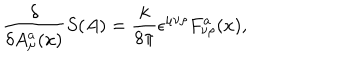
{ \frac { \delta } { \delta A _ { \mu } ^ { a } ( x ) } } S ( A ) = { \frac { k } { 8 \pi } } \epsilon ^ { \mu \nu \rho } F _ { \nu \rho } ^ { a } ( x ) ,